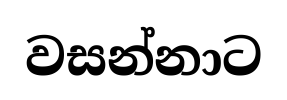
වසන්නාට